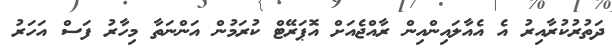
ދަތުރުކުރާއިރު އެ އެއާލައިންއިން ރާއްޖެއަށް އޮޕަރޭޓް ކުރަމުން އަންނަތާ މިހާރު ފަސް އަހަރު